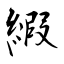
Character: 縀